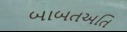
બાબતઅતિ